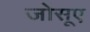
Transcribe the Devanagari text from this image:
जोसूए